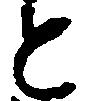
と